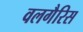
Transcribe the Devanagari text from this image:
वलगैरिस